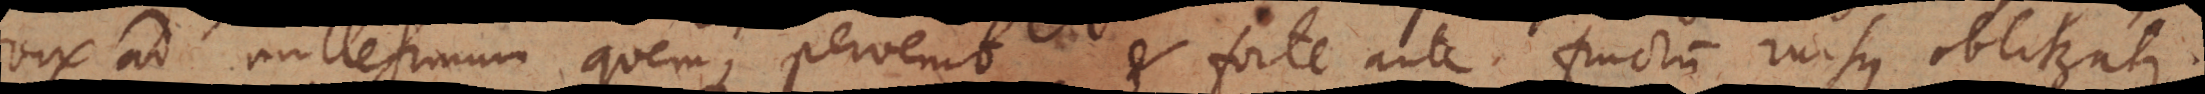
vix ad millesimum quemque pervenit et forte ante fructum rursus obliteratur